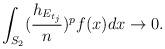
LaTeX: \begin{align*}\int_{S_{2}}(\frac{h_{E_{t_{j}}}}{n})^{p}f(x)dx\rightarrow 0.\end{align*}